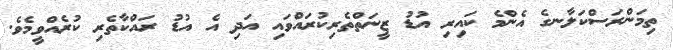
ތިމަންރަސްކަލާނގެ އެންމެ ކައިރި އުޑު ޒީނަތްތެރިކުރައްވައި އަދި އެ އުޑު ރައްކާތެރި ކުރެއްވީމެވެ.